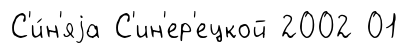
С'и́н'яjа С'ин'ер'ецкой 2002 01